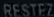
RESTEZ